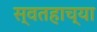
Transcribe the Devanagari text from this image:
स्वतहाच्या